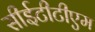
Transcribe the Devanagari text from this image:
सीईटीटीएम